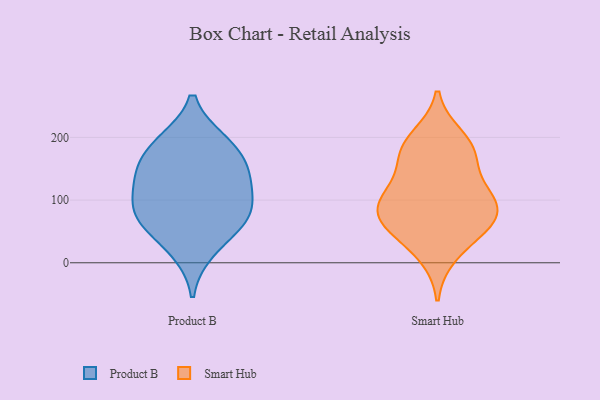
{"axis": {"x": "Backlog", "y": "Value"}, "legend": ["Product B", "Smart Hub"], "data": [{"x": "", "y": 154, "type": "Product B"}, {"x": "", "y": 63, "type": "Product B"}, {"x": "", "y": 19, "type": "Product B"}, {"x": "", "y": 193, "type": "Product B"}, {"x": "", "y": 122, "type": "Product B"}, {"x": "", "y": 156, "type": "Product B"}, {"x": "", "y": 90, "type": "Product B"}, {"x": "", "y": 126, "type": "Product B"}, {"x": "", "y": 192, "type": "Product B"}, {"x": "", "y": 70, "type": "Product B"}, {"x": "", "y": 74, "type": "Product B"}, {"x": "", "y": 170, "type": "Smart Hub"}, {"x": "", "y": 200, "type": "Smart Hub"}, {"x": "", "y": 96, "type": "Smart Hub"}, {"x": "", "y": 50, "type": "Smart Hub"}, {"x": "", "y": 98, "type": "Smart Hub"}, {"x": "", "y": 69, "type": "Smart Hub"}, {"x": "", "y": 107, "type": "Smart Hub"}, {"x": "", "y": 185, "type": "Smart Hub"}, {"x": "", "y": 66, "type": "Smart Hub"}, {"x": "", "y": 169, "type": "Smart Hub"}, {"x": "", "y": 13, "type": "Smart Hub"}, {"x": "", "y": 116, "type": "Smart Hub"}, {"x": "", "y": 65, "type": "Smart Hub"}]}